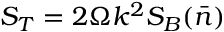
S _ { T } = 2 \Omega k ^ { 2 } S _ { B } ( \bar { n } )